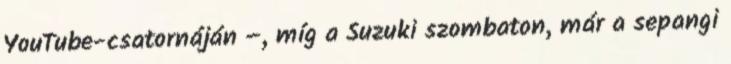
YouTube-csatornáján –, míg a Suzuki szombaton, már a sepangi